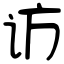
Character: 访